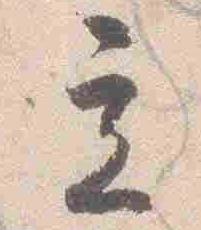
立